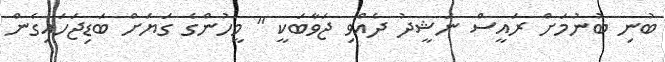
ބުނި ބުނުމަށް ރައީސް ނަޝީދު ދެއްވި ޖަވާބަކީ " މީހުންގެ ގަޔަށް ބަޑިޖަހައިގެން